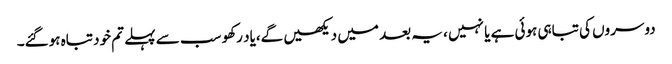
دوسروں کی تباہی ہوئی ہے یا نہیں ، یہ بعد میں دیکھیں گے،یاد رکھو سب سے پہلے تم خود تباہ ہوگئے۔